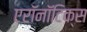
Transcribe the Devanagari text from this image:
एरॉनॉटिक्स